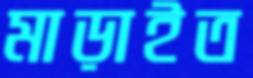
মাড়াইত